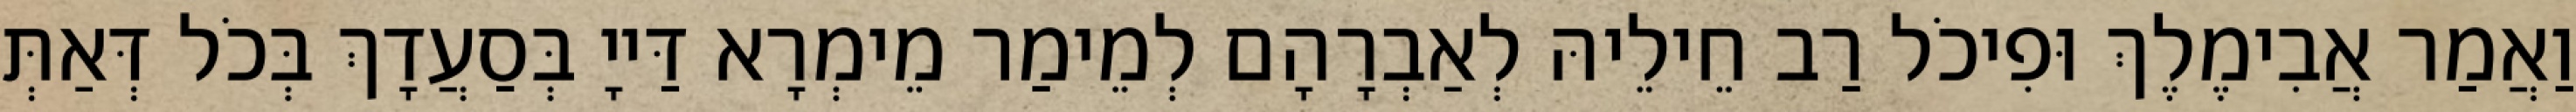
וַאֲמַר אֲבִימֶלֶךְ וּפִיכֹל רַב חֵילֵיהּ לְאַבְרָהָם לְמֵימַר מֵימְרָא דַּייָ בְּסַעֲדָךְ בְּכֹל דְּאַתְּ